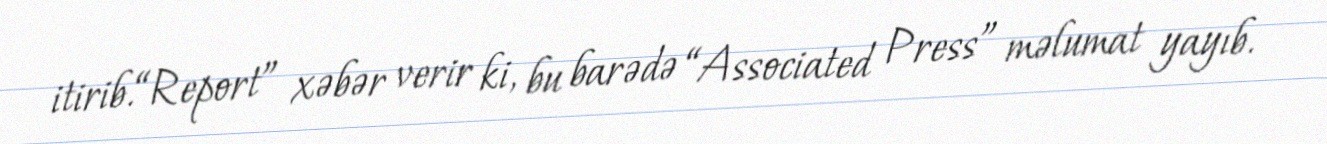
itirib.“Report” xəbər verir ki, bu barədə “Associated Press” məlumat yayıb.